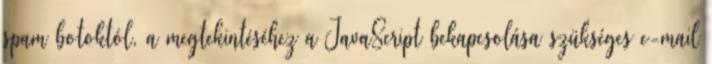
spam botoktól, a megtekintéséhez a JavaScript bekapcsolása szükséges e-mail